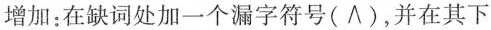
增加:在缺词处加一个漏字符号(\wedge),并在其下